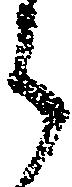
ら